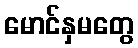
မောင်နှမတွေ